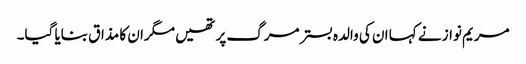
مریم نواز نے کہا ان کی والدہ بسترمرگ پر تھیں مگران کا مذاق بنایا گیا۔